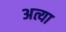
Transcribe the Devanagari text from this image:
अत्या